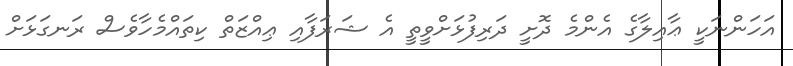
އަހަންނަކީ ޢާއިލާގެ އެންމެ ދޮށީ ދަރިފުޅަށްވީތީ އެ ޝަރަފާއި ޢިއްޒަތް ކިތައްމެހާވެސް ރަނގަޅަށް